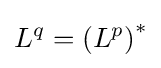
L^{q}=\left(L^{p}\right)^{*}